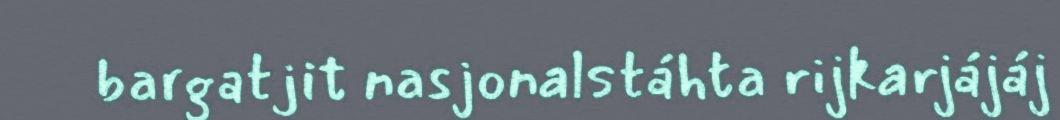
bargatjit nasjonalstáhta rijkarjájáj